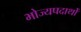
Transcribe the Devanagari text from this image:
भोज्यपदार्थों